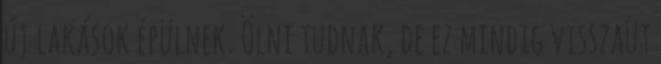
új lakások épülnek. Ölni tudnak, de ez mindig visszaüt